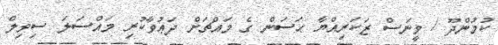
ކުމުންދޫ / ވީނަސް ޒަކަރިއްޔާ ޙަސަން ގެ މައްޗަށް ދަޢުވާކުރި މައްސަލަ ސިވިލް